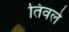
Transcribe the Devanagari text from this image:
तिवले